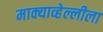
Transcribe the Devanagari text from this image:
माक्याव्हेल्लीला